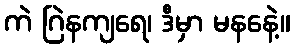
ကဲ ဂြဲနကျရေ၊ ဒီမှာ မနနေဲ့။